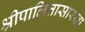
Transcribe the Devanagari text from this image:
श्रीपालितासारखा